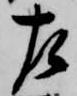
左